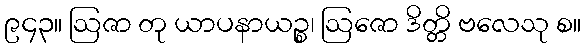
၉၄၃။ ဩဇာ တု ယာပနာယဉ္စ၊ ဩဇော ဒိတ္တိ ဗလေသု စ။